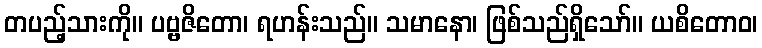
တပည့်သားကို။ ပဗ္ဗဇိတော၊ ရဟန်းသည်။ သမာနော၊ ဖြစ်သည်ရှိသော်။ ယစိတောဝ၊